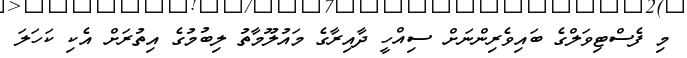
މި ފެސްޓިވަލްގެ ބައިވެރިންނަށް ސިއްހީ ދާއިރާގެ މައުލޫމާތު ލިބުމުގެ އިތުރަށް އެކި ކަހަލަ